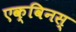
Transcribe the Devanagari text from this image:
एक्विनस्